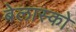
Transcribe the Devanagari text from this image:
बेलास्को